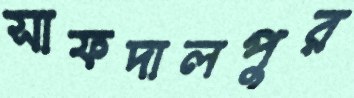
সাফদালপুর